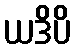
ယဒိပိ